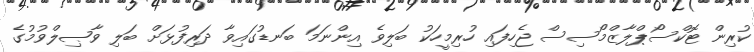
ކުރިން ޓޮކްސޯޕްލާޒްމޯސިސް ޖެހިފައި ހުރިމީހަކު ބަލިވެ އިންނަމަ ބަނޑުގައިވާ ދަރިފުޅަށް ބަލި ވާޞިލްވުމުގެ